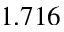
1 . 7 1 6